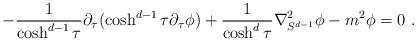
LaTeX: \begin{align*}-\frac{1}{\cosh^{d-1}\tau}\partial_\tau(\cosh^{d-1}\tau \partial_{\tau}\phi)+\frac{1}{\cosh^{d}\tau}\nabla_{S^{d-1}}^2\phi-m^2\phi=0 \ .\end{align*}